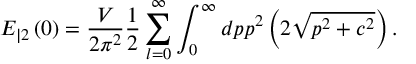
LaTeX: E _ { | 2 } \left( 0 \right) = \frac V { 2 \pi ^ { 2 } } \frac 1 2 \sum _ { l = 0 } ^ { \infty } \int _ { 0 } ^ { \infty } d p p ^ { 2 } \left( 2 \sqrt { p ^ { 2 } + c ^ { 2 } } \right) .